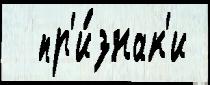
  пр'и́знак'и